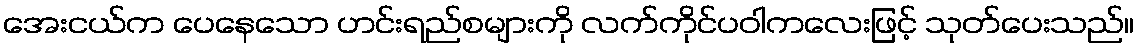
အေးငယ်က ပေနေသော ဟင်းရည်စများကို လက်ကိုင်ပဝါကလေးဖြင့် သုတ်ပေးသည်။